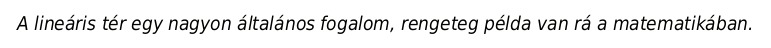
A lineáris tér egy nagyon általános fogalom, rengeteg példa van rá a matematikában.